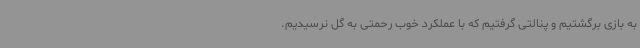
به بازی برگشتیم و پنالتی گرفتیم که با عملکرد خوب رحمتی به گل نرسیدیم.